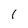
Character: 1